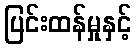
ပြင်းထန်မှုနှင့်